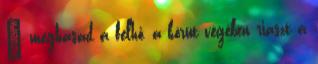
– meghasad a felhő, a körút végében riaszt a